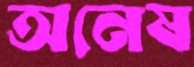
অনেষ